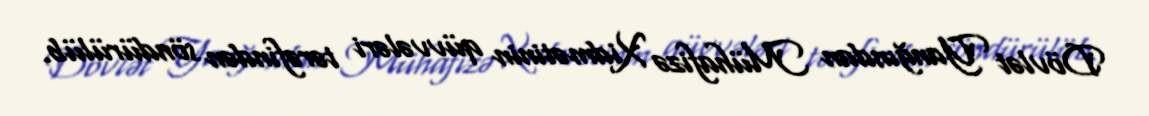
Dövlət Yanğından Mühafizə Xidmətinin qüvvələri tərəfindən söndürülüb.